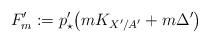
LaTeX: \begin{align*} F_m^\prime:= p^\prime_\star\big(mK_{X^\prime/A^\prime} +m \Delta^\prime\big)\end{align*}